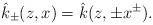
LaTeX: \begin{align*} \hat{k}_\pm(z,x)=\hat{k}(z,\pm x^{\pm}).\end{align*}